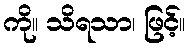
ကို။ သိရသာ၊ ဖြင့်။